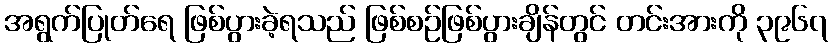
အရွက်ပြုတ်ရေ ဖြစ်ပွားခဲ့ရသည် ဖြစ်စဉ်ဖြစ်ပွားချိန်တွင် တင်းအားကို ၃၉၆၇